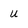
Character: u